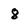
Character: 8